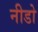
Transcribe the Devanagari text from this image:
नीडो